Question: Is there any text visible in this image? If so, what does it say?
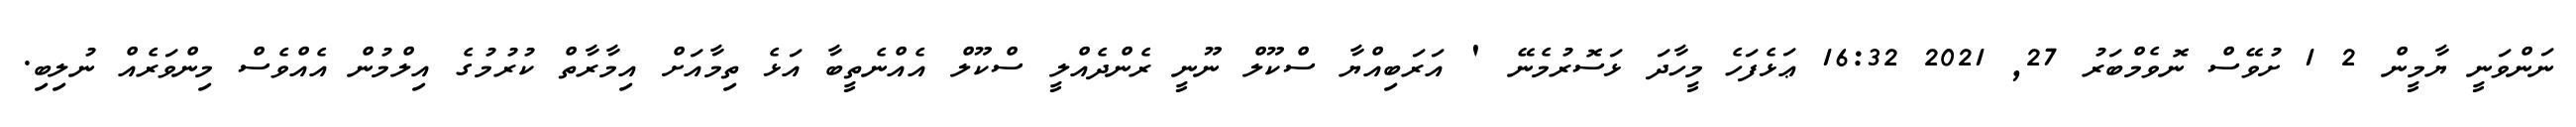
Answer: ނަންވަނީ ޔާމީން 2 1 ށުވޭސް ނޮވެމްބަރު 27, 2021 16:32 ޢަޅެފަހެ މީހާދަ ޅަސޮރުމެނޭ ' އަރަބިއްޔާ ސްކޫލް ނޫނީ ރެންދެއްލީ ސްކޫލް އެއްނެތީބާ އަޅެ ތިމާއަށް އިމާރާތް ކުރުމުގެ އިލްމުން އެއްވެސް މިންވަރެއް ނުލިބި.